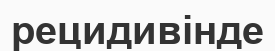
рецидивінде